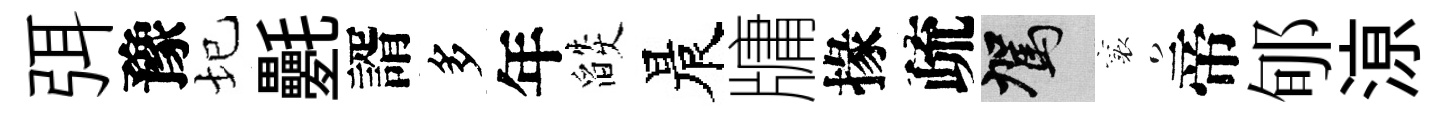
弭豫圮氎諝多年燄晨牗掾疏駕襄帝郇鿌